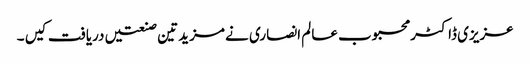
عزیزی ڈاکٹر محبوب عالم انصاری نے مزید تین صنعتیں دریافت کیں ۔